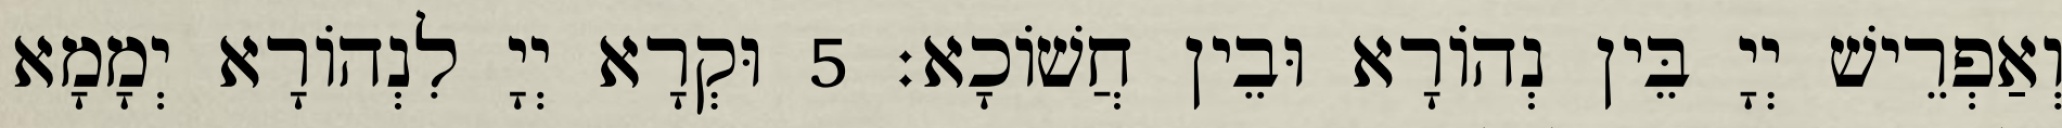
וְאַפְרֵישׁ יְיָ בֵּין נְהוֹרָא וּבֵין חֲשׁוֹכָא׃ 5 וּקְרָא יְיָ לִנְהוֹרָא יְמָמָא